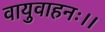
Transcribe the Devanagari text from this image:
वायुवाहनः।।